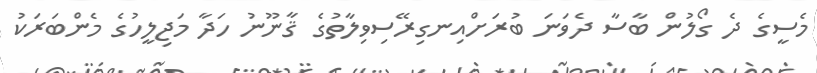
މެސީގެ ދެ ގޯލުން ބާސާ ދެވަނަ ބުރަށްއިނގިރޭސިވިލާތުގެ ޤާނޫނު ހަދާ މަޖިލީހުގެ މެންބަރަކު